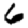
Digit: 6